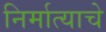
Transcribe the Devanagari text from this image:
निर्मात्याचे